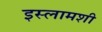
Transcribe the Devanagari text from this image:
इस्लामशी